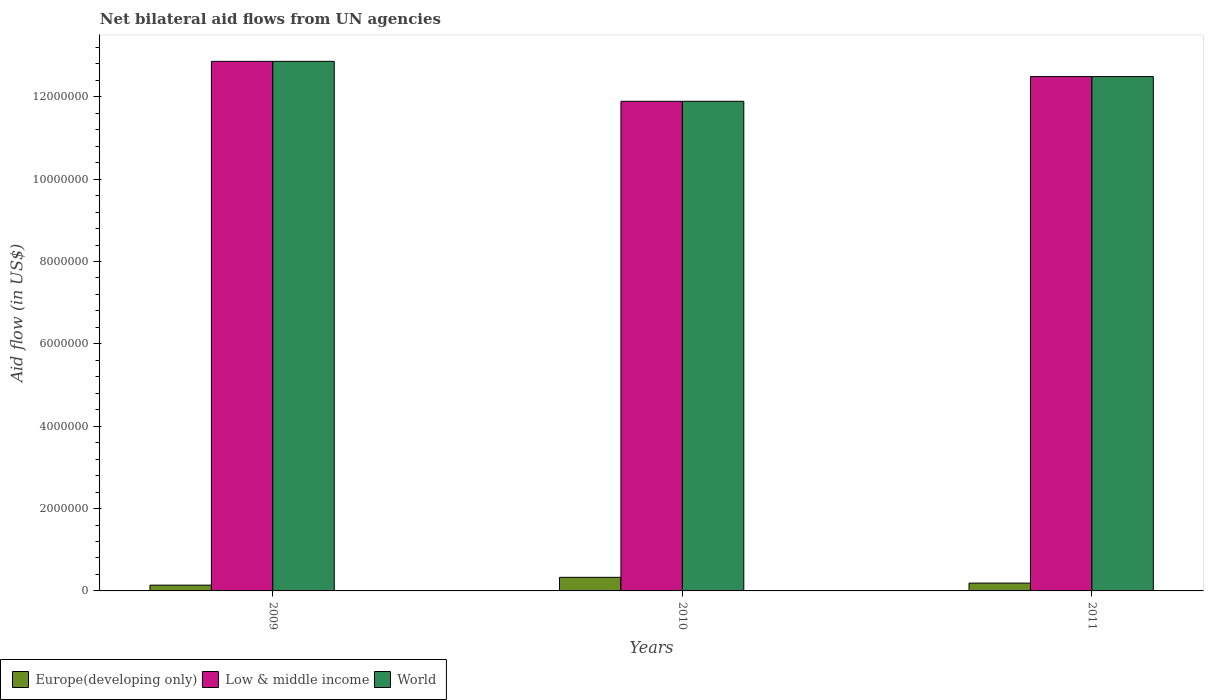
| Years | Europe(developing only) | Low & middle income | World |
 | --- | --- | --- | --- |
 | 2009 | 1.4e+05 | 1.29e+07 | 1.29e+07 |
 | 2010 | 3.3e+05 | 1.19e+07 | 1.19e+07 |
 | 2011 | 1.9e+05 | 1.25e+07 | 1.25e+07 |